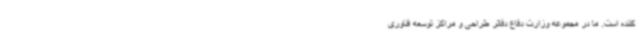
کننده است. ما در مجموعه وزارت دفاع دفاتر طراحی و مراکز توسعه فناوری